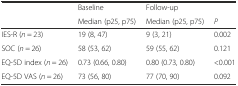
<table><thead><tr><td></td><td><b>Baseline</b></td><td><b>Follow-up</b></td><td></td></tr><tr><td></td><td><b>Median (p25, p75)</b></td><td><b>Median (p25, p75)</b></td><td><b><i>P</i></b></td></tr></thead><tbody><tr><td>IES-R (<i>n</i> = 23)</td><td>19 (8, 47)</td><td>9 (3, 21)</td><td>0.002</td></tr><tr><td>SOC (<i>n</i> = 26)</td><td>58 (53, 62)</td><td>59 (55, 62)</td><td>0.121</td></tr><tr><td>EQ-5D index (<i>n</i> = 26)</td><td>0.73 (0.66, 0.80)</td><td>0.80 (0.73, 0.80)</td><td>&lt;0.001</td></tr><tr><td>EQ-5D VAS (<i>n</i> = 26)</td><td>73 (56, 80)</td><td>77 (70, 90)</td><td>0.092</td></tr></tbody></table>